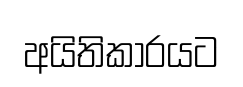
අයිතිකාරයට